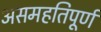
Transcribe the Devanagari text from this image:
असमहतिपूर्ण